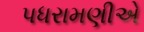
પધરામણીએ